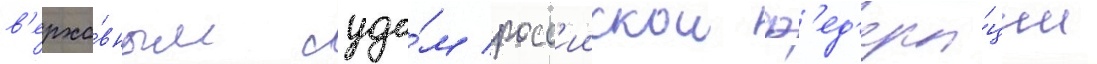
в'ерхо́вным судо́м росс'иискои ф'ед'ера́ции